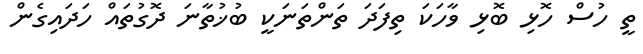
ތީ ހުސް ހޮޅި ބޮޅި ވާހަކަ ތިފަދަ ތަންތަނަކީ ބުޚުތާނަ ދޮގުތައް ހަދައިގެން